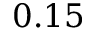
0 . 1 5